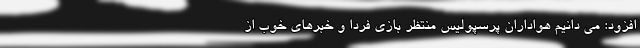
افزود: می دانیم هواداران پرسپولیس منتظر بازی فردا و خبرهای خوب از